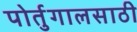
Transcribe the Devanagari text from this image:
पोर्तुगालसाठी